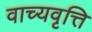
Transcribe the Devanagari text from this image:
वाच्यवृत्ति